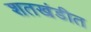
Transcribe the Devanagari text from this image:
शतखंडीत